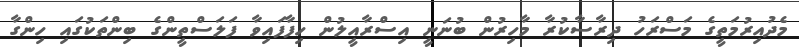
މެދުއިރުމަތީގެ މަސްރަހު ދިރާސާކުރާ މާހިރުން ބުނަނީ އިސްރާއީލުން ހިފާފައިވާ ފަލަސްތީންގެ ބިންތަކުގައި ހިންގާ